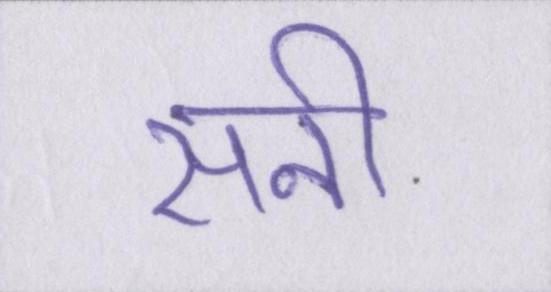
सनी